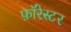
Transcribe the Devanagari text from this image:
फ़ॉरेस्टर